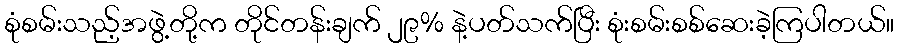
စုံစမ်းသည့်အဖွဲ့တို့က တိုင်တန်းချက် ၂၉% နဲ့ပတ်သက်ပြီး စုံးစမ်းစစ်ဆေးခဲ့ကြပါတယ်။